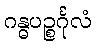
ဂန္ဓပဉ္စင်္ဂုလံ